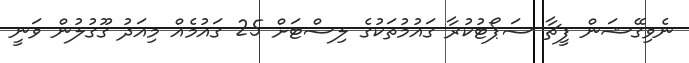
ނެވިގޭޝަން ފީޗާ ސަޕޯޓުކުރާ ގައުމުތަކުގެ ލިސްޓަށް 25 ގައުމެއް މިއަދު ގޫގުލުން ވަނީ